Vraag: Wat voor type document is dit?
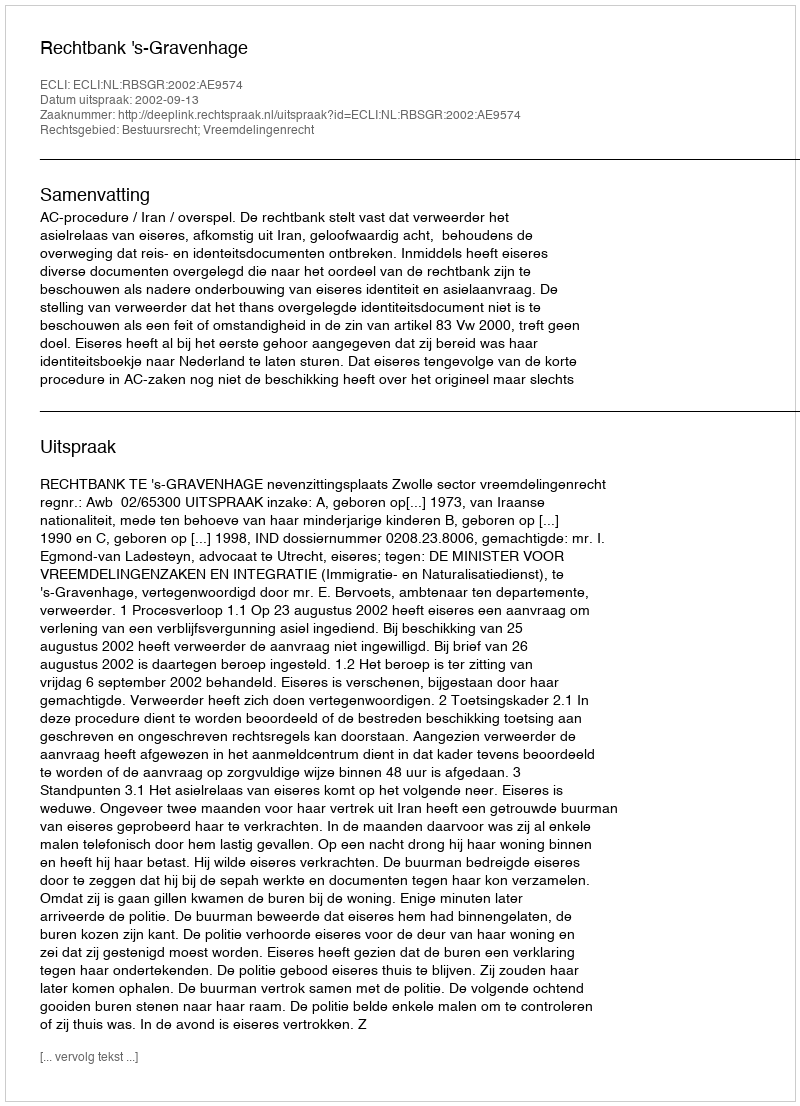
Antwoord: Uitspraak